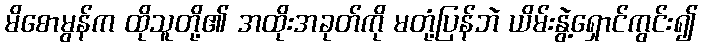
မိစောမွန်က ထိုသူတို့၏ အထိုးအခုတ်ကို မတုံ့ပြန်ဘဲ ယိမ်းနွဲ့ရှောင်ကွင်း၍